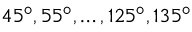
4 5 ^ { \circ } , 5 5 ^ { \circ } , \ldots , 1 2 5 ^ { \circ } , 1 3 5 ^ { \circ }